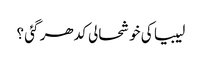
لیبیا کی خوشحالی کدھر گئی ؟